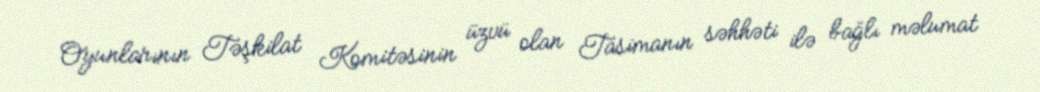
Oyunlarının Təşkilat Komitəsinin üzvü olan Tasimanın səhhəti ilə bağlı məlumat